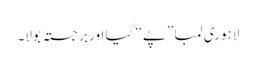
لاہوری لمبا ’’پے‘‘ گیا اور برجستہ بولا۔